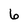
Character: 6